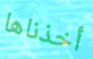
أخذناها